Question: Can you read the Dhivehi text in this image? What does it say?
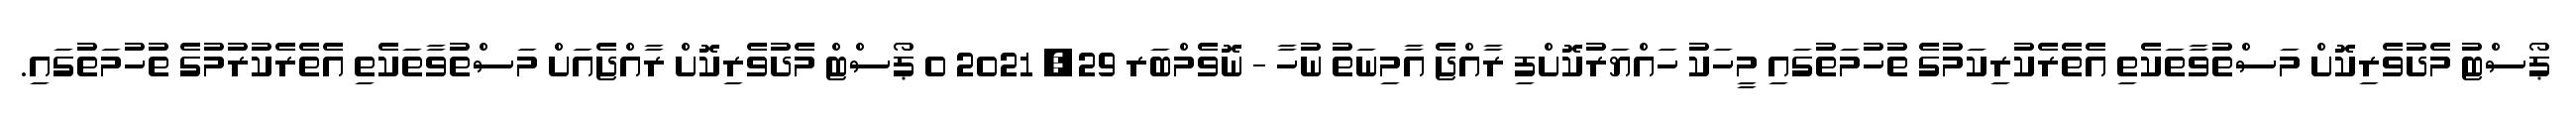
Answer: ޕޯސްޓު މެދުވެރިކޮށް މަސްތުވާތަކެތި އެތެރެކުރިކަމުގެ ތުހުމަތުގައި މީހަކު ހައްޔަރުކޮށްފި ރާއްޖެ އާމިނަތު ނުހާ - ނޮވެމްބަރ 29, 2021 0 ޕޯސްޓް މެދުވެރިކޮށް ރާއްޖެއަށް މަސްތުވާތަކެތި އެތެރެކުރުމުގެ ތުހުމަތުގައި.